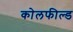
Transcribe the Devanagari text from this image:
काेलफील्ड